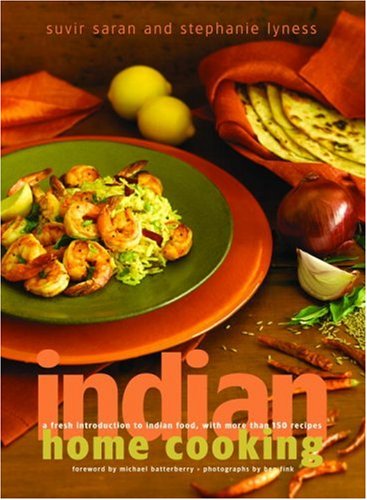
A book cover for Indian Home Cooking: A Fresh Introduction to Indian Food, with More Than 150 Recipes; Suvir Saran; Cookbooks, Food & Wine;